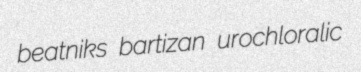
beatniks bartizan urochloralic